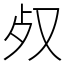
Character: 𣦼